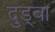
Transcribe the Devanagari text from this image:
दुड्वा